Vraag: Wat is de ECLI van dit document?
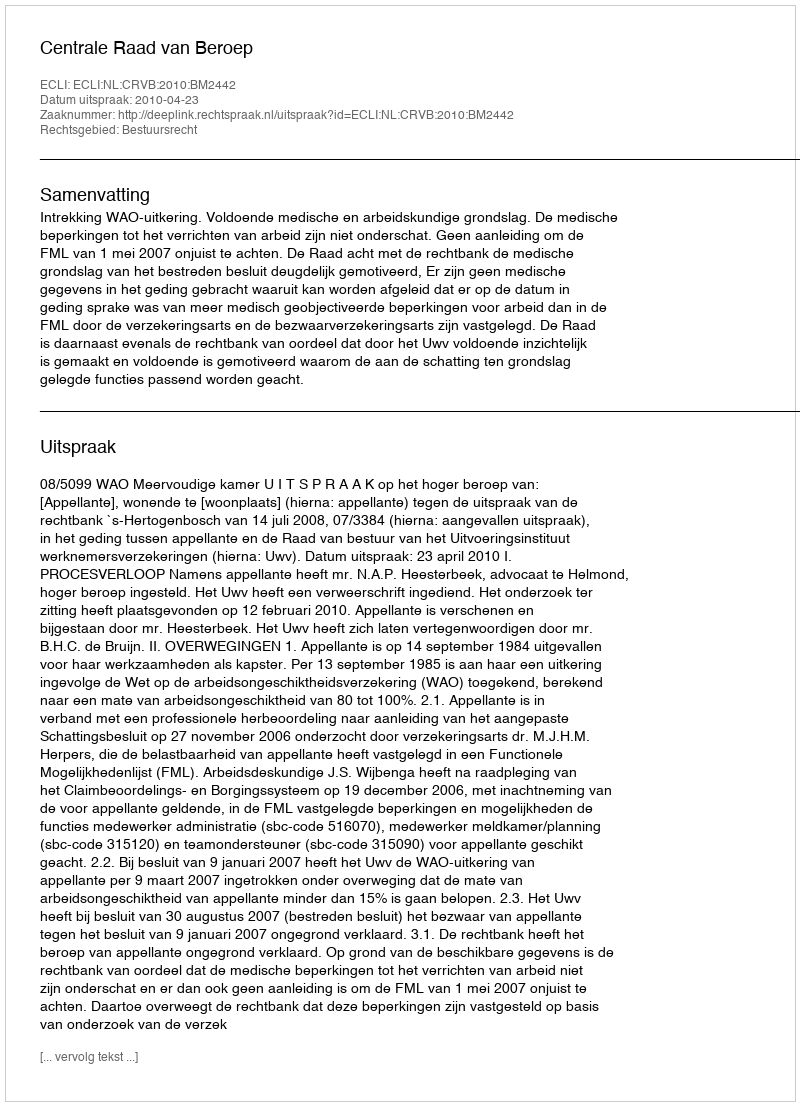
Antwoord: ECLI:NL:CRVB:2010:BM2442